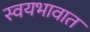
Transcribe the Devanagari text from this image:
स्वयभावात